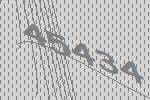
45434